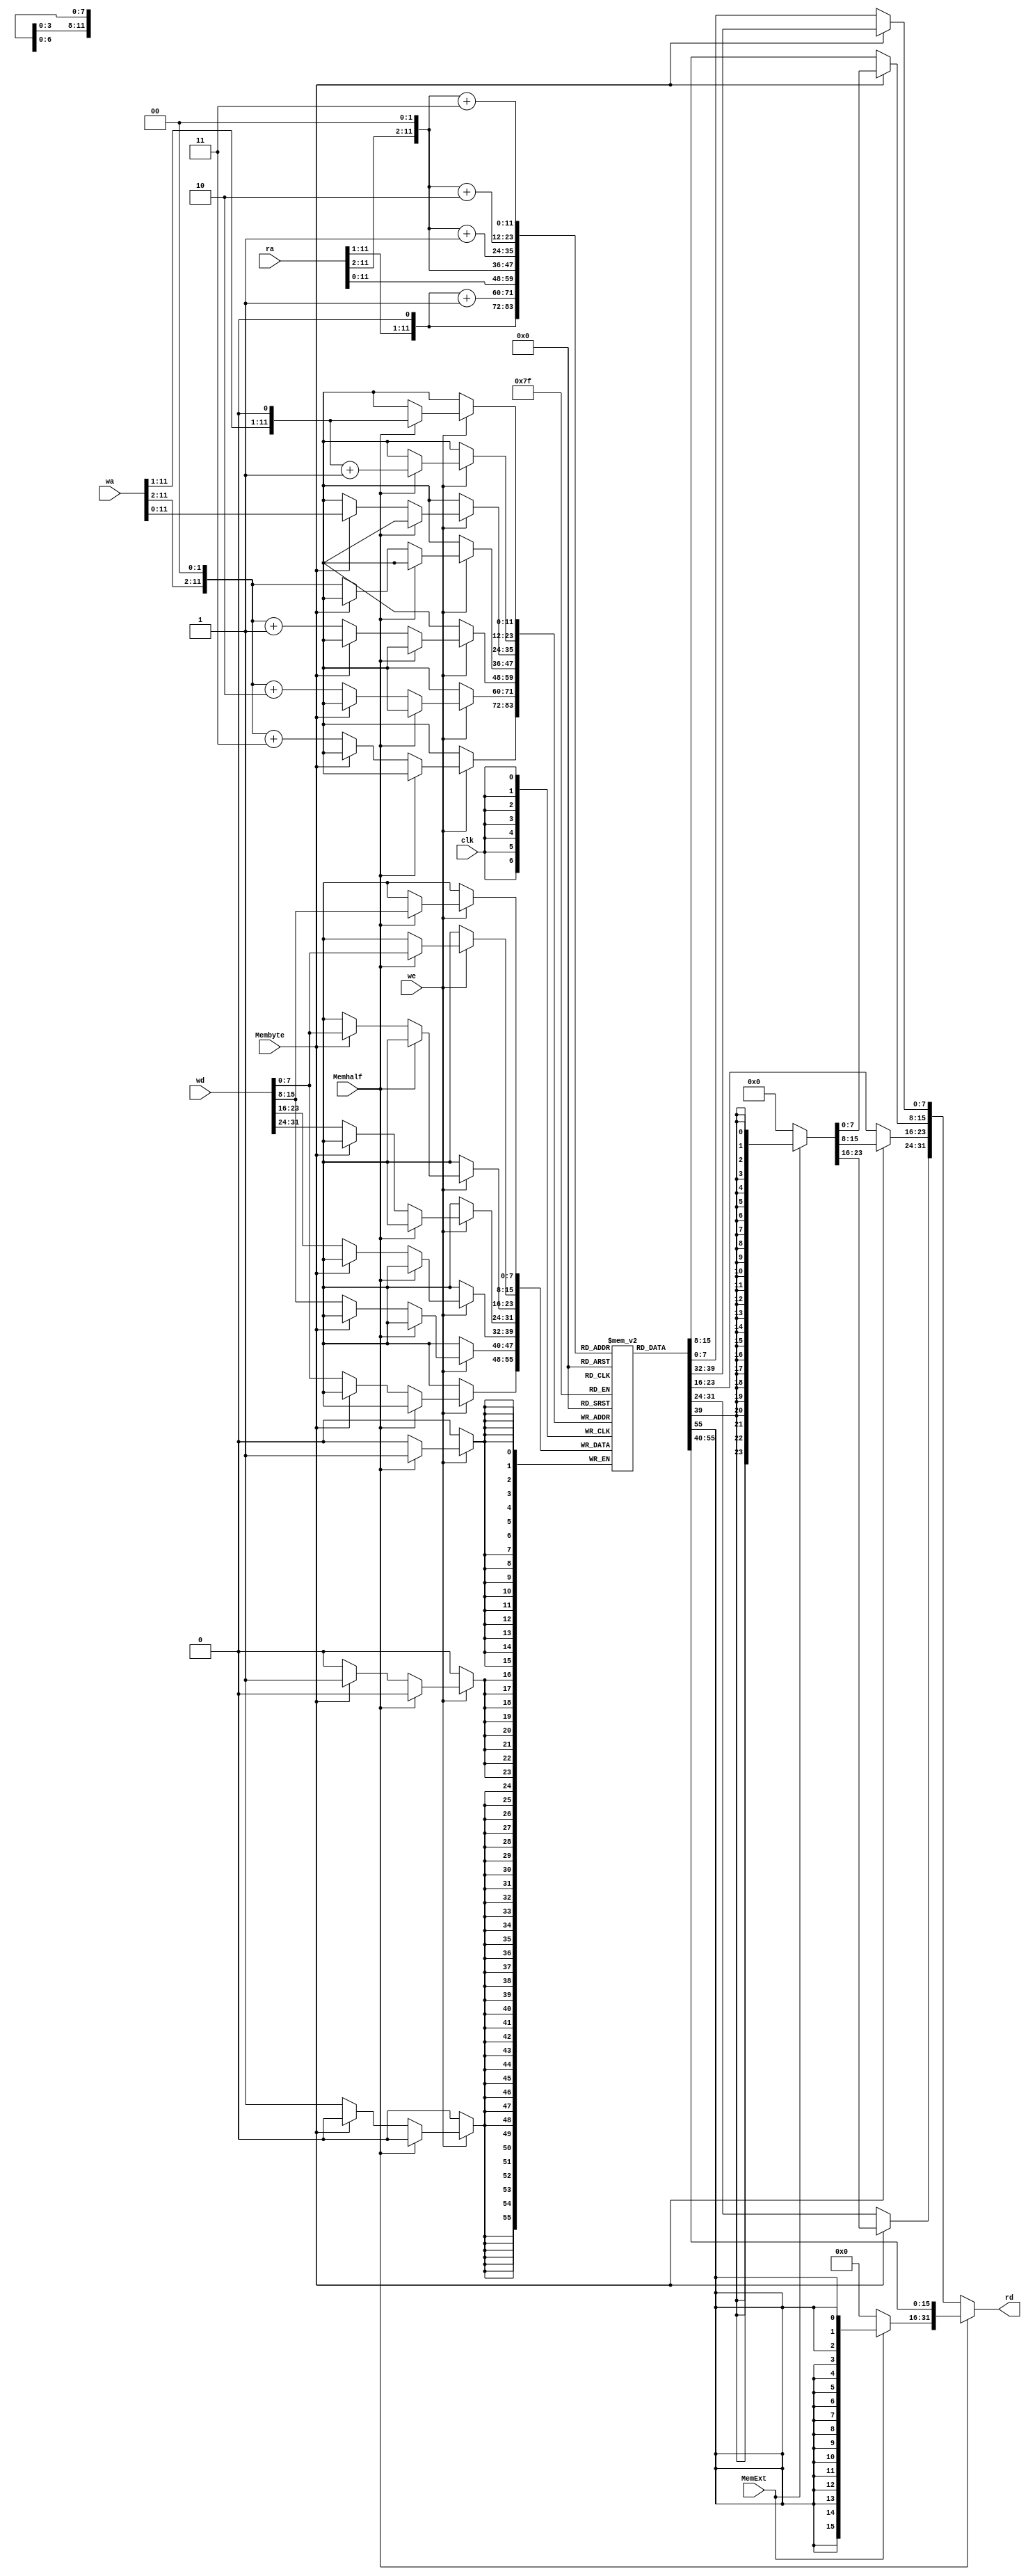
module Memory(ra, wa, we, wd, rd, Memhalf, Membyte, MemExt, clk);
    input [31:0] ra, wa, wd;
    input we, Memhalf, Membyte, MemExt, clk;
    output reg  [31:0] rd;

    reg [7:0] memory [4095:0];

    //
    // assign rd[31:24] = (we&&ra==wa)?wd[31:24]:memory[ra[11:0]];
    // assign rd[23:16] = (we&&ra==wa)?wd[23:16]:memory[ra[11:0] + 1];
    // assign rd[15:8] = (we&&ra==wa)?wd[15:8]:memory[ra[11:0] + 2];
    // assign rd[7:0] = (we&&ra==wa)?wd[7:0]:memory[ra[11:0] + 3];



    reg [31:0] ra_;
    always @(ra)
    begin
        if(Memhalf)
        begin
            ra_ = {ra[31:1],1'b0};
            if(MemExt)
            begin
                rd[31:16] = {16{memory[ra_[11:0]][7]}};
                rd[15:8] = memory[ra_[11:0]];
                rd[7:0] = memory[ra_[11:0] + 1];
            end
            else
            begin
                rd[31:16] = 16'b0;
                rd[15:8] = memory[ra_[11:0]];
                rd[7:0] = memory[ra_[11:0] + 1];
            end

        end
        else if(Membyte)
        begin
            if(MemExt)
            begin
                rd[31:8] = {24{memory[ra[11:0]][7]}};
                rd[7:0] = memory[ra[11:0]];
            end
            else
            begin
                rd[31:8] = 24'b0;
                rd[7:0] = memory[ra[11:0]];
            end

        end
        else
        begin
            ra_ = {ra[31:2],2'b0};
            rd[31:24] = memory[ra_[11:0]];
            rd[23:16] = memory[ra_[11:0] + 1];
            rd[15:8] = memory[ra_[11:0] + 2];
            rd[7:0] = memory[ra_[11:0] + 3];
        end
    end



    
    // always @(negedge clk) begin
    //     if (we) begin
    //         memory[wa[11:0]] = wd[31:24];
    //         memory[wa[11:0] + 1] = wd[23:16];
    //         memory[wa[11:0] + 2] = wd[15:8];
    //         memory[wa[11:0] + 3] = wd[7:0];
    //     end
    // end
    reg [31:0] wa_;
    always @(negedge clk) 
    begin
        if (we)
        begin
            if(Memhalf)
            begin
                wa_ = {wa[31:1],1'b0};
                memory[wa_[11:0]] = wd[15:8];
                memory[wa_[11:0] + 1]= wd[7:0];
            end
            else if(Membyte)
            begin
                memory[wa[11:0]] = wd[7:0];
            end
            else
            begin
                wa_ = {wa[31:2],2'b0};
                memory[wa_[11:0]] = wd[31:24];
                memory[wa_[11:0] + 1] = wd[23:16];
                memory[wa_[11:0] + 2] = wd[15:8];
                memory[wa_[11:0] + 3] = wd[7:0];   
            end
        end
    end

    


endmodule